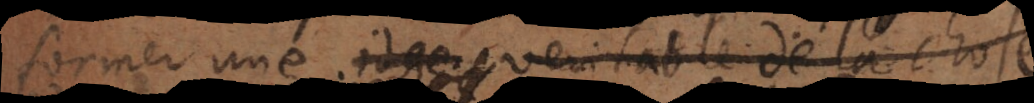
former une idee veritable de la ch